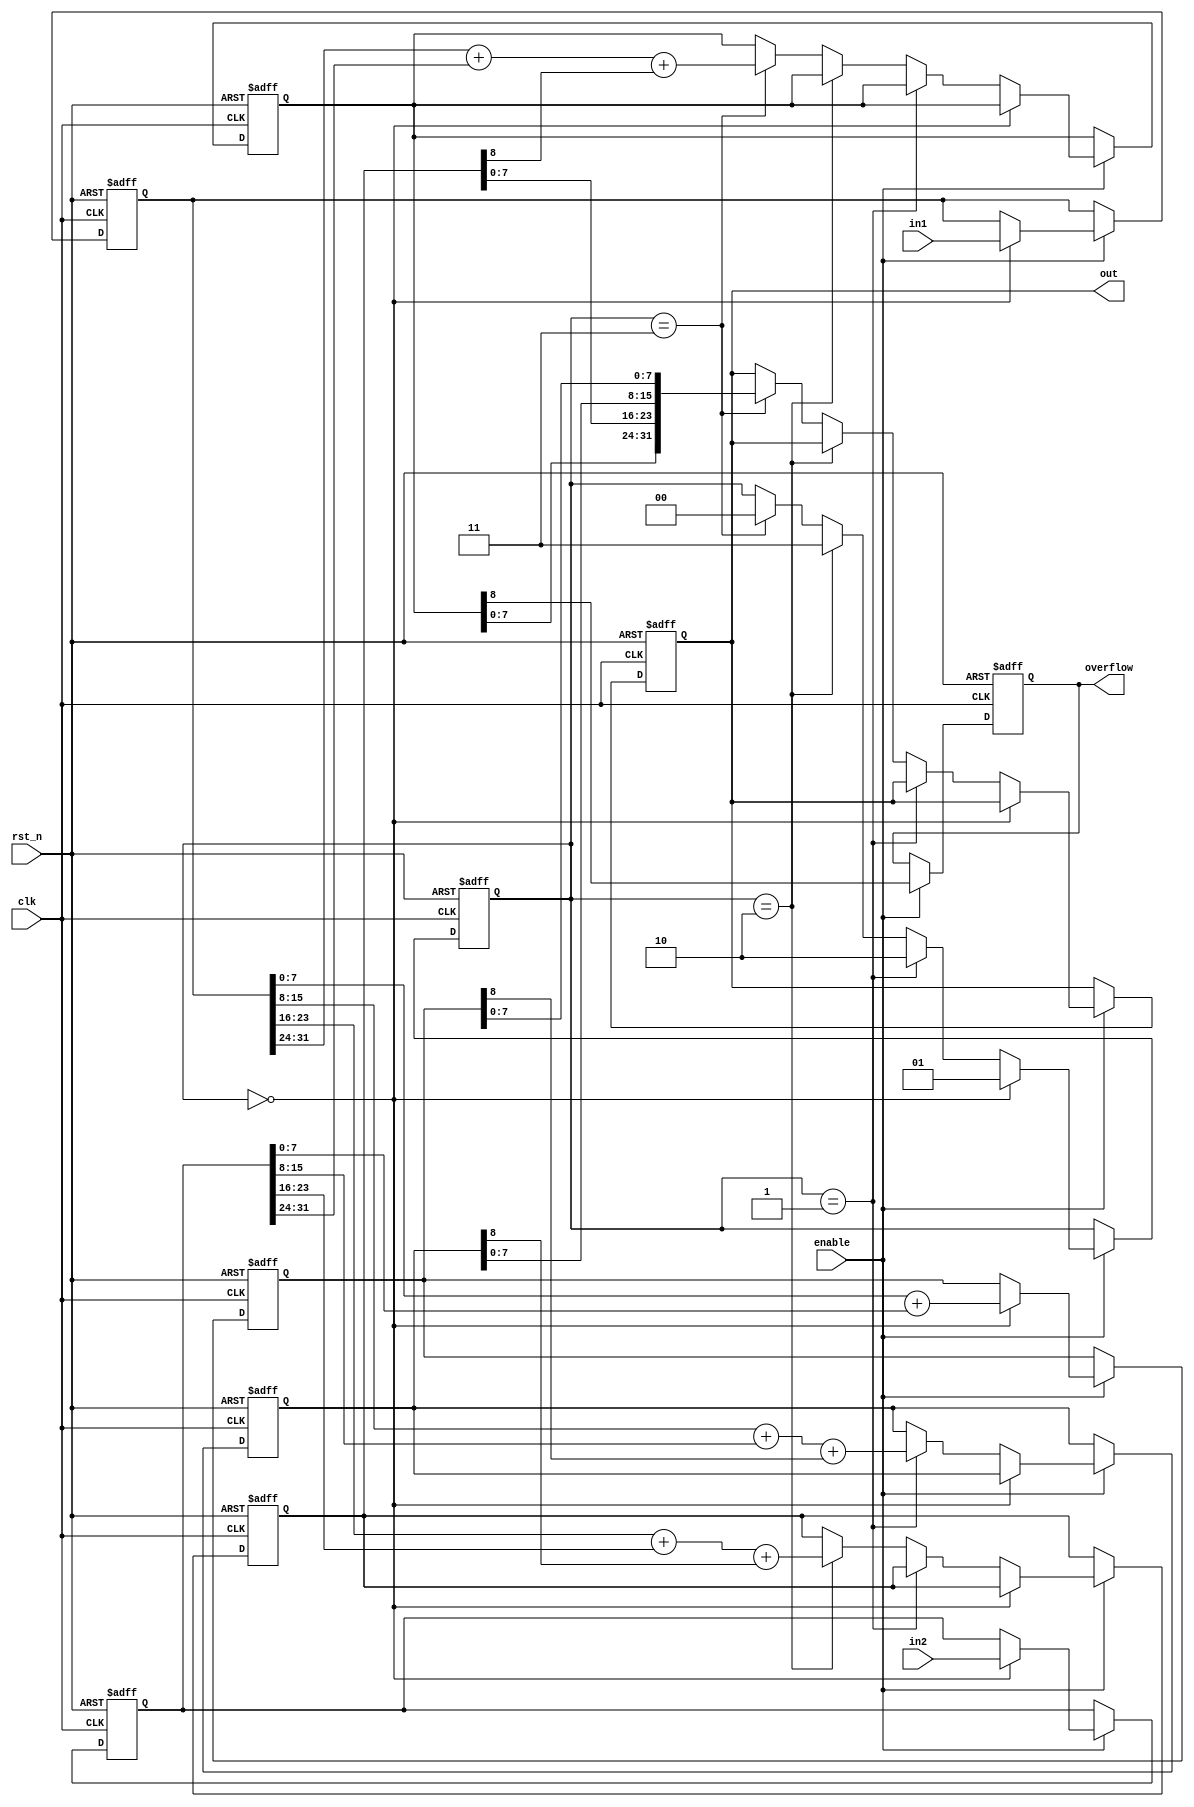
module adder (
    input              clk,
    input              rst_n,
    input              enable,
    input       [31:0] in1,
    input       [31:0] in2,
    output reg  [31:0] out,
    output reg         overflow
);

// 
reg [8:0] sum7_0;           
reg [8:0] sum15_8;           
reg [8:0] sum23_16;
reg [8:0] sum31_24;
reg [31:0] operand1_reg, operand2_reg;  
reg carry;                      
reg [1:0] stage;                      


// 
always @(posedge clk or negedge rst_n) begin
    if (!rst_n) begin
        // 
        operand1_reg <= 32'd0;
        operand2_reg <= 32'd0;
        sum7_0 <= 9'd0;
        sum15_8 <= 9'd0;
        sum23_16 <= 9'd0;
        sum31_24 <= 9'd0;
        carry <= 1'b0;
        out <= 32'd0;
        stage <= 2'b0;
    end else if (enable) begin
        if (stage == 2'b0) begin
            operand1_reg <= in1;
            operand2_reg <= in2;
            sum7_0 <= operand1_reg[7:0] + operand2_reg[7:0];
            stage <= 2'd1;  
        end else if (stage == 2'd1) begin
            sum15_8 <= operand1_reg[15:8] + operand2_reg[15:8] + sum7_0[8]; 
            stage <= 2'd2;
        end else if (stage == 2'd2) begin
            sum23_16 <= operand1_reg[23:16] + operand2_reg[23:16] + sum15_8[8]; 
            stage <= 2'd3;
        end else if (stage == 2'd3) begin
            sum31_24 <= operand1_reg[31:24] + operand2_reg[31:24] + sum23_16[8]; 
            out <= {sum31_24[7:0], sum23_16[7:0], sum15_8[7:0], sum7_0[7:0]};  
            stage <= 1'd0;  
        end
    end
end

always @(posedge clk or negedge rst_n) begin
    if (!rst_n)
        overflow <= 0;
    else if(enable)
        overflow <= sum31_24[8];
end

endmodule